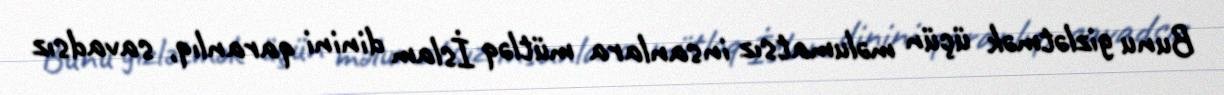
Bunu gizlətmək üçün məlumatsız insanlara mütləq İslam dinini qaranlıq, savadsız